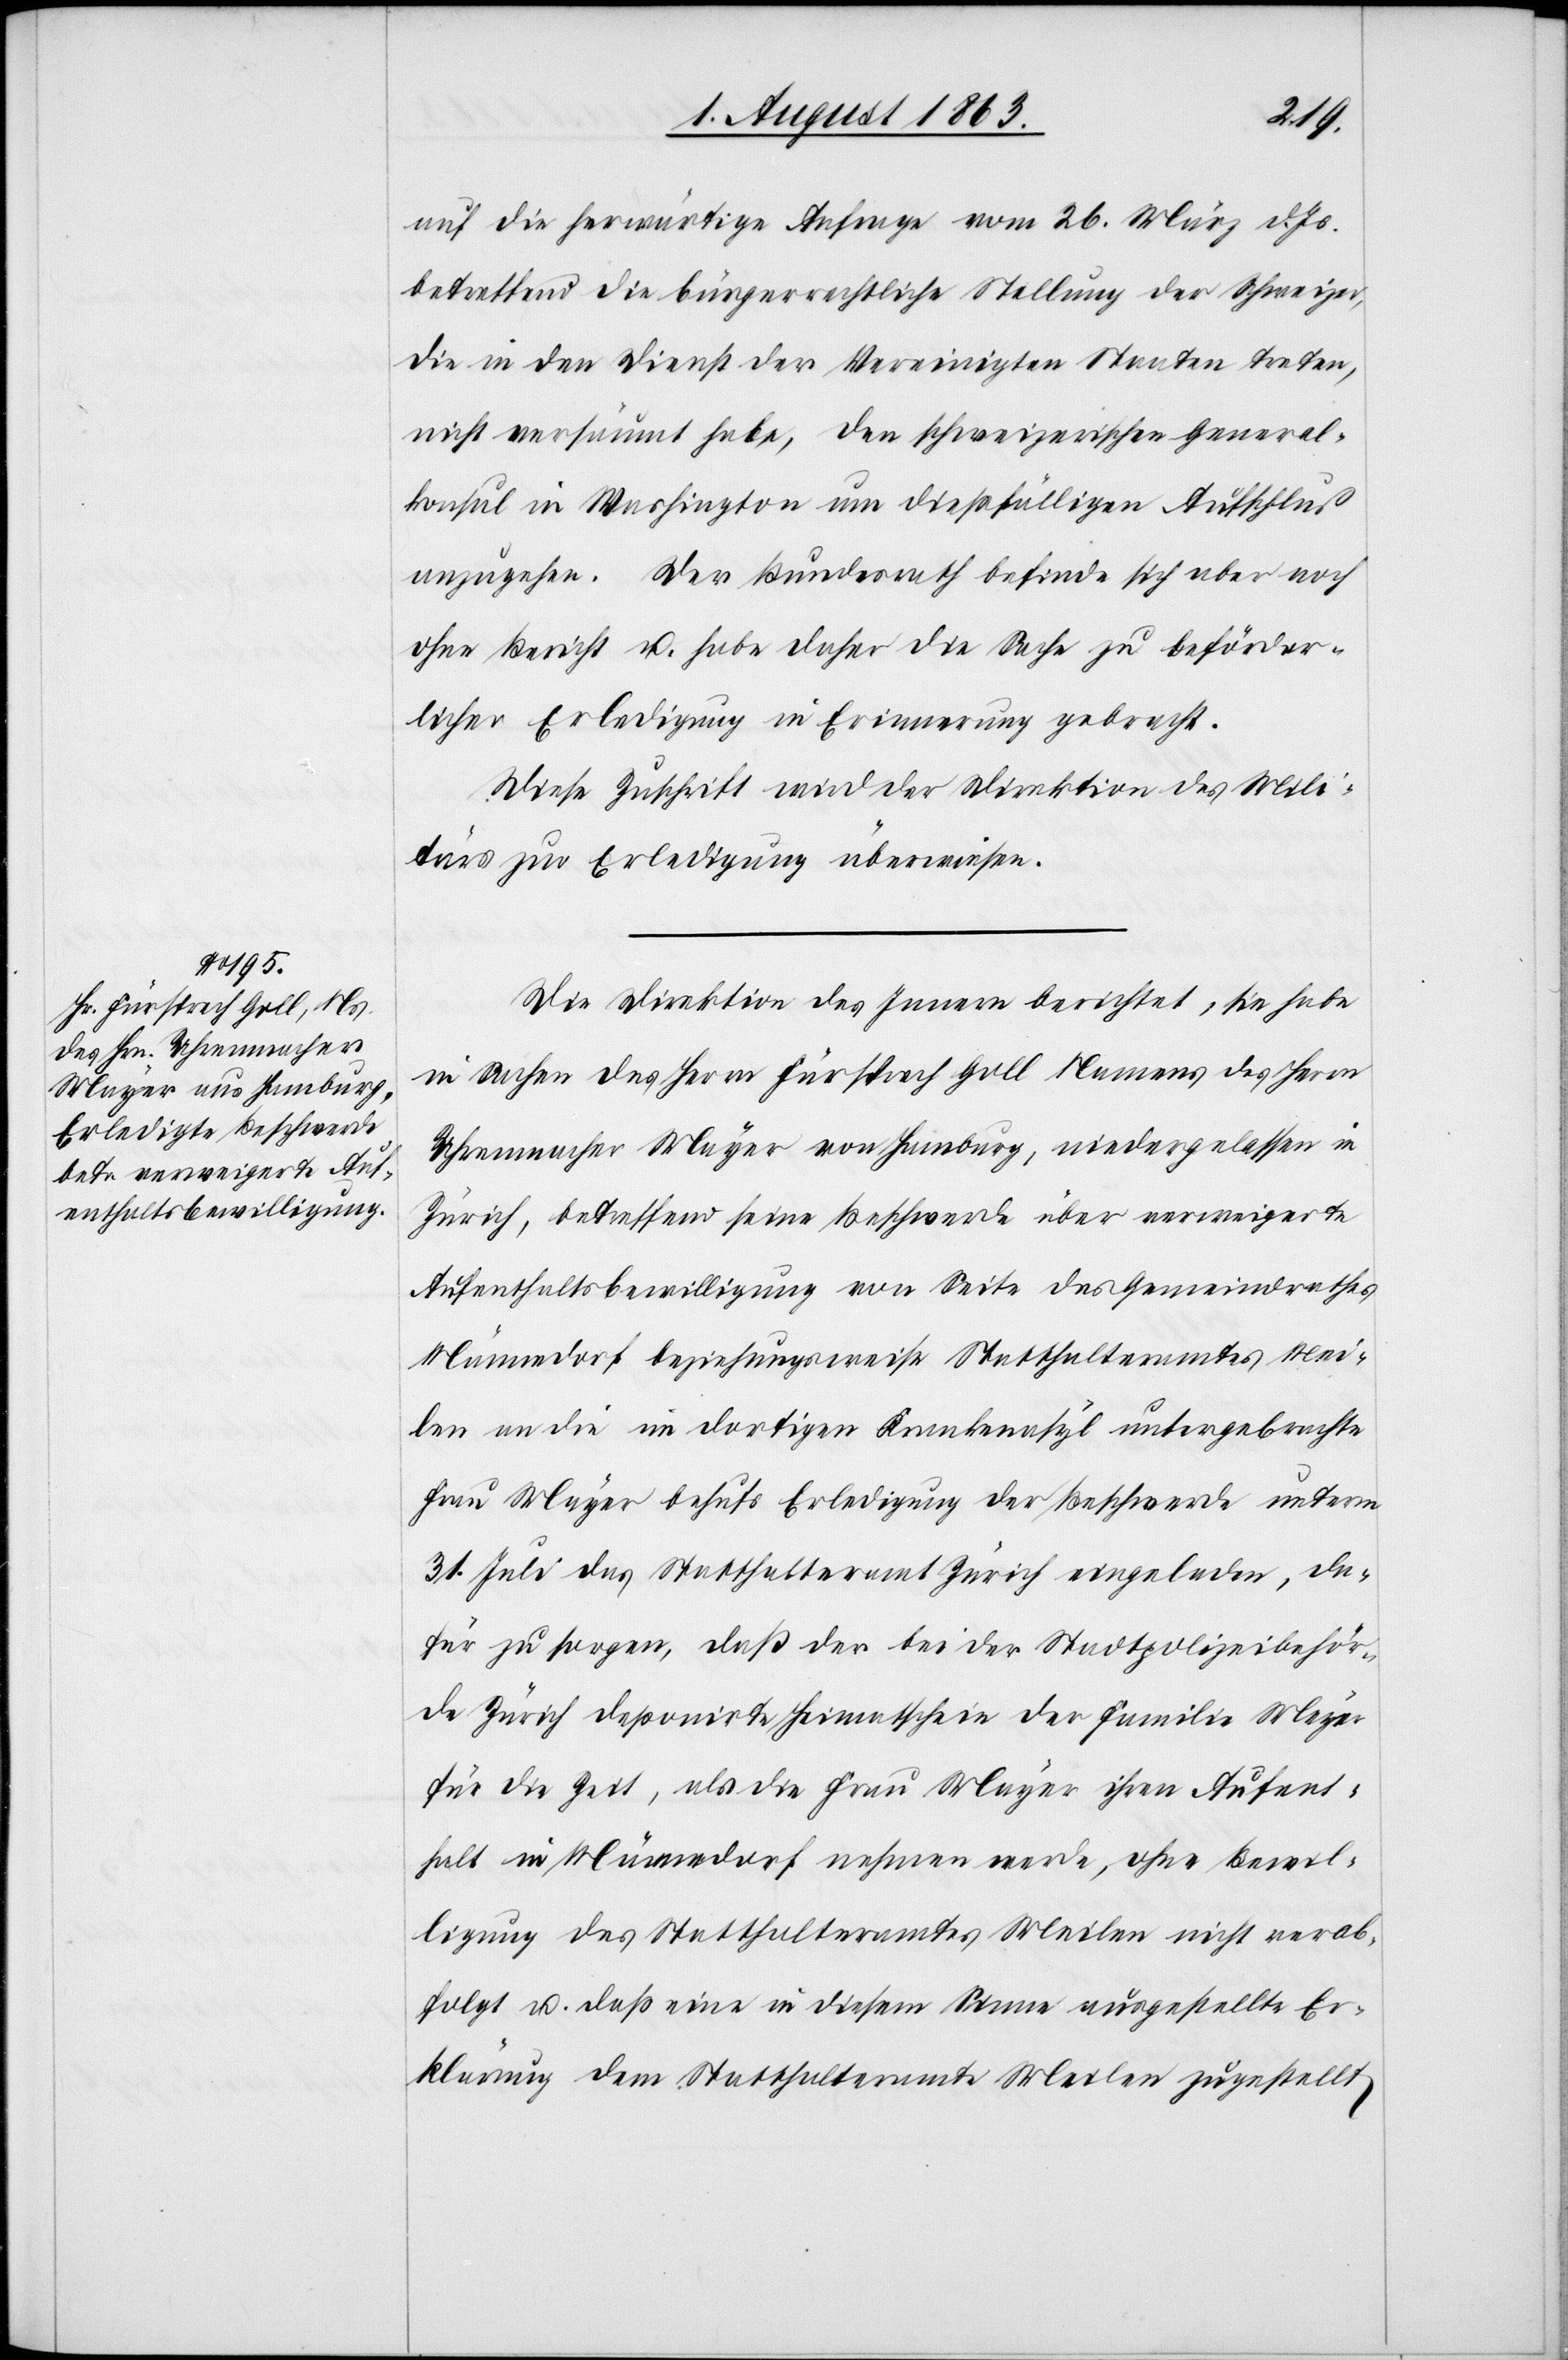
5. August 1863.]
auf die herwärtige Anfrage vom 26. März d. Js.
betreffend die bürgerrechtliche Stellung der Schweizer,
die in den Dienst der Vereinigten Staaten treten,
nicht versäumt habe, den schweizerischen General¬
konsul in Washington um dießfälligen Aufschluß
anzugehen. Der Bundesrath befinde sich aber noch
ohne Bericht u. habe daher die Sache zu beförder¬
licher Erledigung in Erinnerung gebracht.
Diese Zuschrift wird der Direktion des Mili¬
tärs zur Erledigung überwiesen.
Die Direktion des Innern berichtet, sie habe
in Sachen des Herrn Fürsprech Goll Namens des Herrn
Uhrenmacher Mayer von Hamburg, niedergelassen in
Zürich, betreffend seine Beschwerde über verweigerte
Aufenthaltsbewilligung von Seite des Gemeindrathes
Männedorf beziehungsweise Statthalteramtes Mei¬
len an die im dortigen Krankenasyl untergebrachte
Frau Mayer behufs Erledigung der Beschwerde unterm
31. Juli das Statthalteramt Zürich eingeladen, da¬
für zu sorgen, daß der bei der Stadtpolizeibehör¬
de Zürich deponirte Heimatschein der Familie Mayer
für die Zeit, als die Frau Mayer ihren Aufent¬
halt in Männedorf nehmen werde, ohne Bewil¬
ligung des Statthalteramtes Meilen nicht verab¬
folgt u. daß eine in diesem Sinne ausgestellte Er¬
klärung dem Statthalteramte Meilen zugestellt